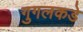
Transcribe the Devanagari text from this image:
गुगलकडे